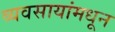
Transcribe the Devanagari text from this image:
व्यवसायांमधून